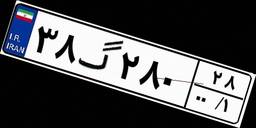
۳۸گ۲۸۰۲۸